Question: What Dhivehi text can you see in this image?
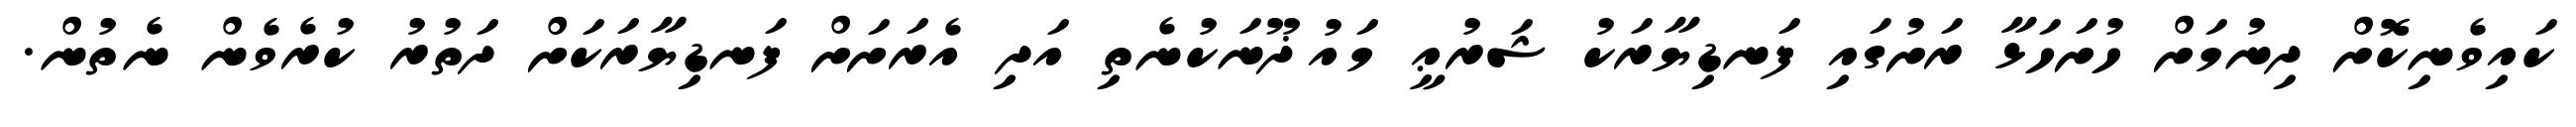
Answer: ކައިވެނިކޮށް ދިނުމަށް ހުށަހަޅާ ރަށުގައި ފަނޑިޔާރަކު ޝަރުޢީ މައުޛޫނަކުނެތި އަދި އެރަށަށް ފަނޑިޔާރަކަށް ދަތުރު ކުރެވެން ނެތުން.